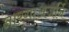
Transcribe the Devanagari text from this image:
नारगाअजर्नि